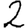
Digit: 2